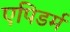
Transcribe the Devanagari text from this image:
एपिडर्म